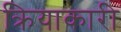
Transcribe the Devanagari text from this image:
क्रियाकारी